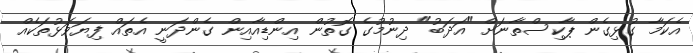
އެކަމާ ގުޅިގެން ޕާކިސްތާނަށް "އަދަބު" ދިނުމުގެ ގޮތުން އިންޑިއާއިން ގެންދަނީ އެތައް ފިޔަވަޅުތަކެއް